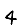
Digit: 4